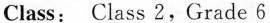
发挥；